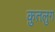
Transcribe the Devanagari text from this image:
क़ुतलुग़